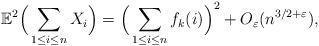
LaTeX: \begin{align*}\mathbb{E}^2\Big(\sum_{1\leq i\leq n}{X_i}\Big)=\Big(\sum_{1\leq i\leq n}f_k(i)\Big)^2+O_{\varepsilon}(n^{3/2+\varepsilon}),\end{align*}